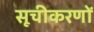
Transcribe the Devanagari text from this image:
सूचीकरणों